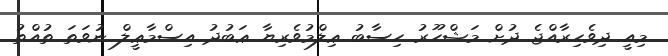
މިއީ ދިވެހިރާއްޖެ ދުށް މަޝްހޫރު ހިސާބު ޢިލްމުވެރިޔާ ޢަބުދު އިސްމާޢީލް ނުވަތަ ތުއްތު